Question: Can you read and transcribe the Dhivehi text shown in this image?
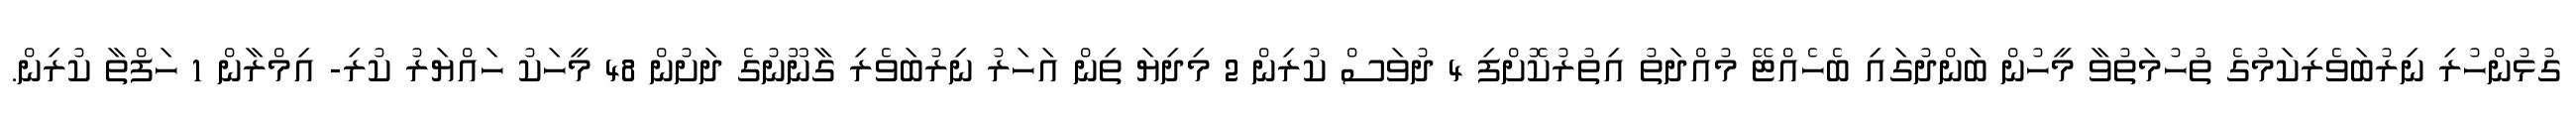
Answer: ގުޅުންހުރި ނިރުބަވެރިކަމުގެ ތުހުމަތުވާ މީހުން ބަންދުގައި ބެހެއްޓޭ މުއްދަތު އިތުރުކޮށްފި 4 ދުވަސް ކުރިން 2 މިދިޔަ ތިން އަހަރު ނިރުބަވެރި ގާނޫނުގެ ދަށުން 48 މީހަކު ހައްޔަރު ކުރި- އިމްރާން 1 ހަފްތާ ކުރިން.